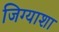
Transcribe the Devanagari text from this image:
जिग्याशा